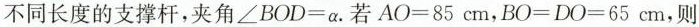
不同长度的支撑杆，夹角$$∠ B O D = α$$.若$$A O = 8 5 c m$$，$$B O = D O = 6 5 c m$$，则